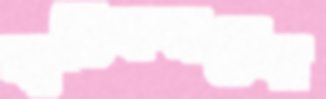
ব্যতিক্রমদের